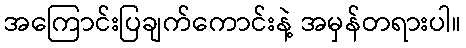
အကြောင်းပြချက်ကောင်းနဲ့ အမှန်တရားပါ။